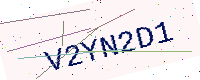
Text: V2YN2D1